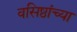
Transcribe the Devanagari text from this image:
वसिष्ठांच्या